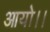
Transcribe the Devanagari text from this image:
आयो।।